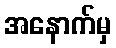
အနောက်မှ